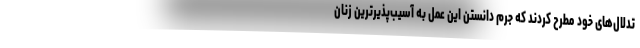
تدلال‌های خود مطرح کردند که جرم دانستن این عمل به آسیب‌پذیرترین زنان